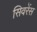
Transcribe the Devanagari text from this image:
सिवरेंस